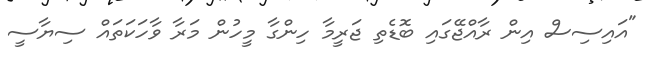
"އައިސިސް އިން ރާއްޖޭގައި ބޮޑެތި ޖަރީމާ ހިންގާ މީހުން މަރާ ވާހަކަތައް ސިޔާސީ